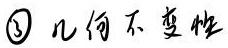
\textcircled{3} 几何不变性